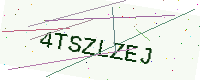
Text: 4TSZLZEJ